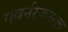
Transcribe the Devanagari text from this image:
गवर्नरजनरल